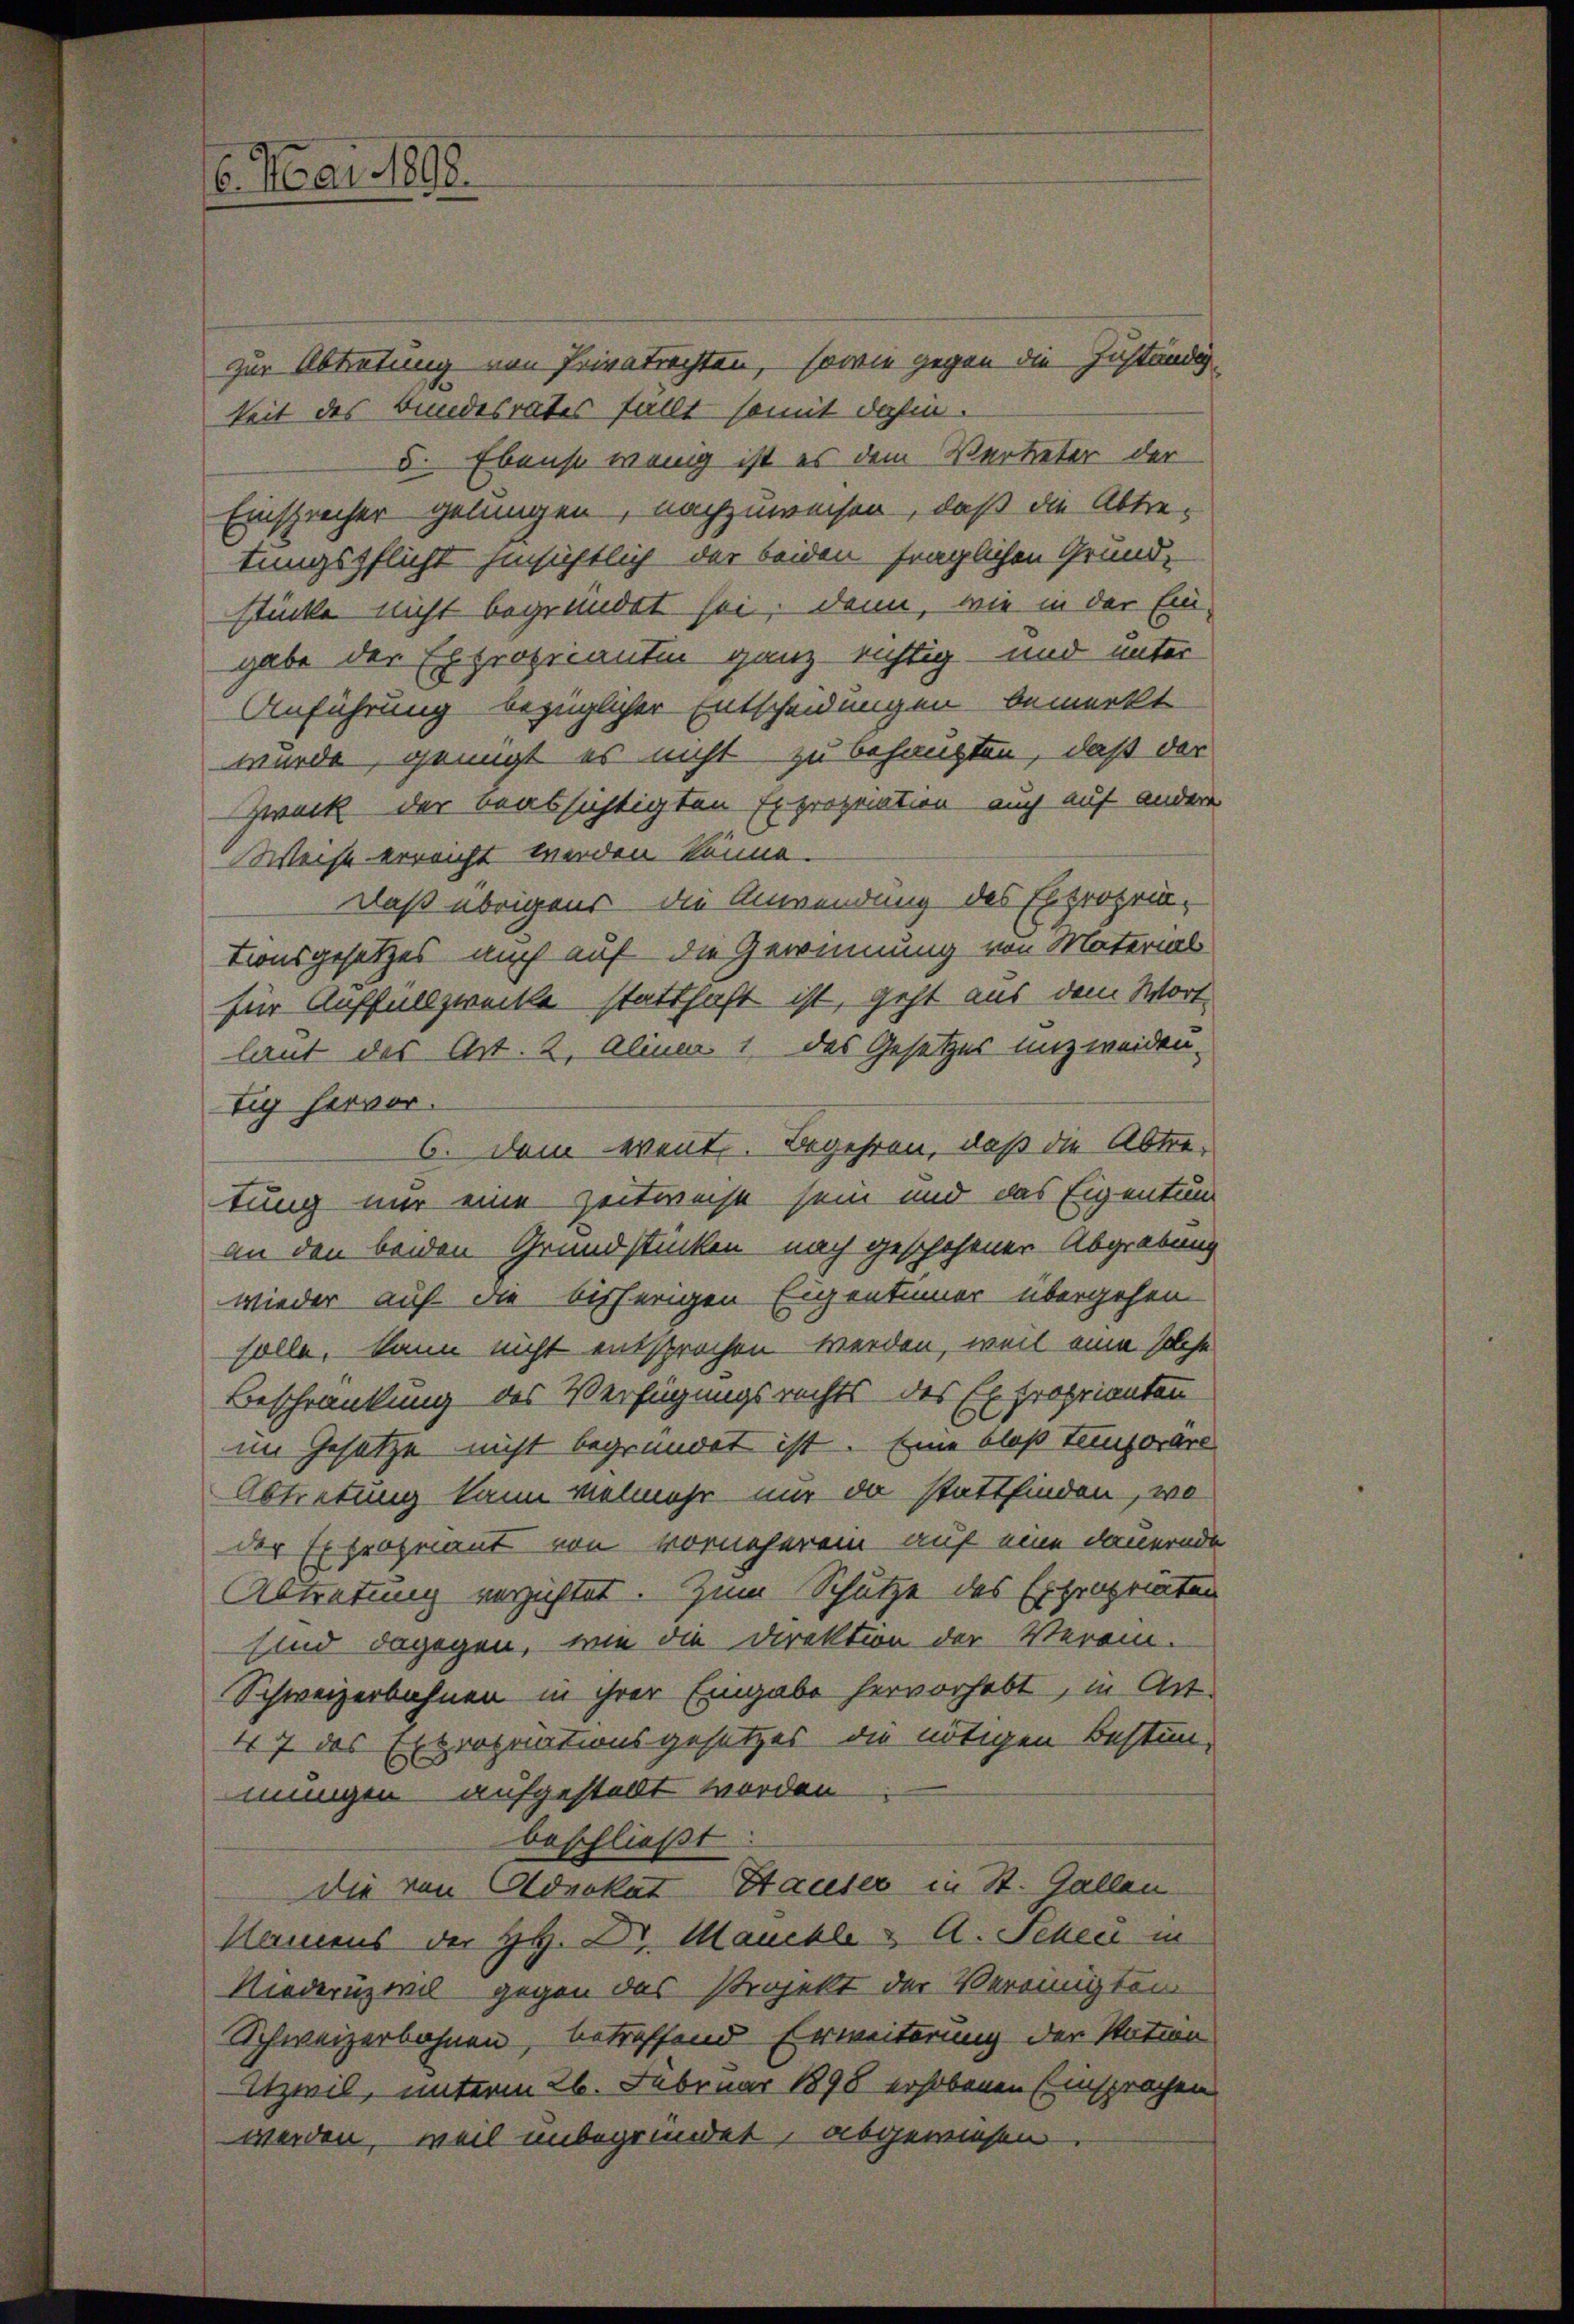
6. Mai 1892.

zur Abtretung von Privatrechten, sowie gegen die Zuständig-
keit des Bundesrates fällt somit dahin.
5. Ebenso wenig ist es dem Vertreter der
Einsprecher gelungen, nachzuweisen, daß die Abtre-
tungspflicht hinsichtlich der beiden fraglichen Grund-
stücke nicht begründet sei, denn, wie in der Ein-
gabe der Expropicantin ganz richtig und unter
Anführung bezüglicher Entscheidungen bemerkt
wurde, genügt es nicht zu behaupten, daß der
Zweck der beabsichtigten Expropriation auch auf andere
Weise erreicht werden könne.
Daß übrigens die Anwendung des Expropria-
tionsgesetzes auch auf die Gewinnung von Material
für Auffallzwecke statthaft ist, geht aus dem Wort
laut des Art. 2. Alina 1 des Gesetzes unzweiden-
tig hervor.
6. Dem went. Begehren, daß die Abtretung nur eine Zeitweise sein und das Eigentum
an den beiden Grundstücken nach geschehener Abgrabung
wieder auf die bisherigen Eigentümer übergehen
solle, kann nicht entsprochen werden, weil eine solche
Beschränkung des Verfügungsrechts des Exproprianten
im Gesetze nicht begründet ist. Eine bloß temporäre
Abtretung kann vielmehr nur da stattfinden, wo
der Expropriant von vornehm ein auf eine dauernde
Abtretung verhaftet. Zum Schütze des Expropriaten
sind dagegen, wie die Direktion der Verein-
Schweizerbahnen in ihrer Eingabe hervorhebt, in Art.
prognationsgesetzes die nötigen Bestim-
167 das E
mungen aufgestellt worden.
beschließt
die von Advokat Hauser in St. Gallen
Namens der HH. Dr. Mauckle & A. Scheu in
Niederuzivil gegen das Projekt der Vereinigten
Schweizerbahnen, betreffend Erweiterung der Nation
Itzwil, unterm 26. Februar 1898 erhobenen Einsprachen
werden, weil unbegründet, abgewiesen